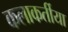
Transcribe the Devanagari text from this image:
कलाकर्तीया